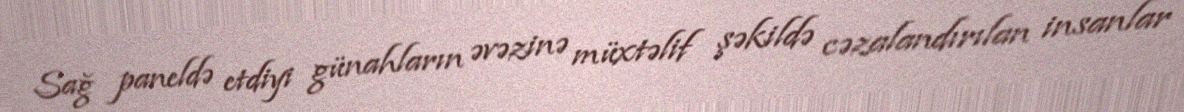
Sağ paneldə etdiyi günahların əvəzinə müxtəlif şəkildə cəzalandırılan insanlar